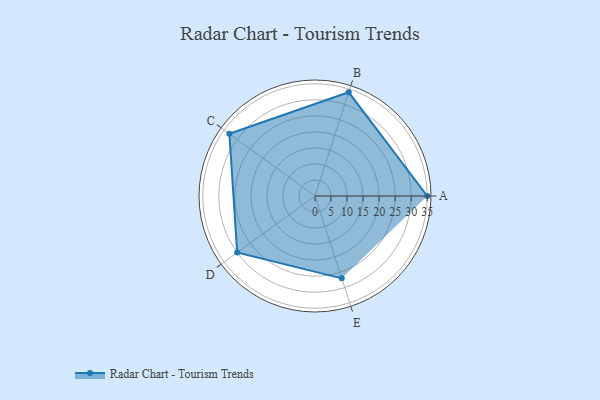
{"axis": {"x": "Skill", "y": "Score"}, "legend": ["Profile"], "data": [{"x": "A", "y": 35.0, "type": "Profile"}, {"x": "B", "y": 34.0, "type": "Profile"}, {"x": "C", "y": 33.0, "type": "Profile"}, {"x": "D", "y": 30.0, "type": "Profile"}, {"x": "E", "y": 27.0, "type": "Profile"}]}